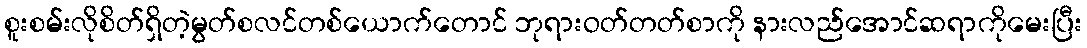
စူးစမ်းလိုစိတ်ရှိတဲ့မွတ်စလင်တစ်ယောက်တောင် ဘုရားဝတ်တတ်စာကို နားလည်အောင်ဆရာကိုမေးပြီး